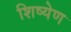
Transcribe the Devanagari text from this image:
शिष्येण